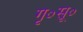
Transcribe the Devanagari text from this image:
गृ०सू०